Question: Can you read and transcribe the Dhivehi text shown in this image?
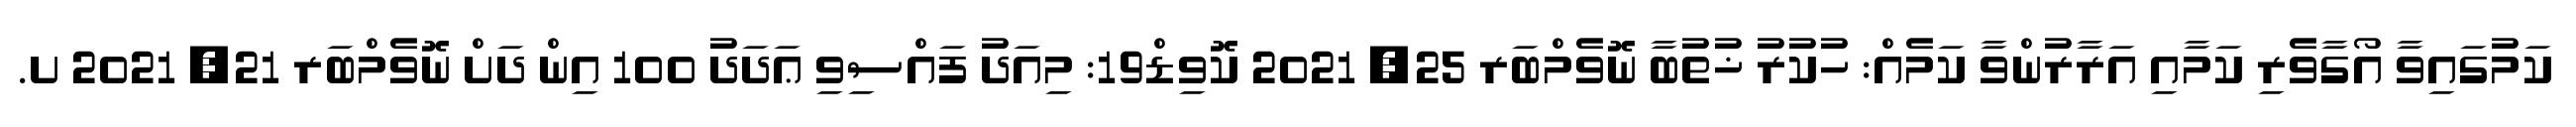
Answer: ކަމުގައިވާ އޯގާވެރި ކަމާއި އަރާރުންވާ ކަމެއް: ހުކުރު ޚުތުބާ ނޮވެމްބަރ 25, 2021 ކޮވިޑް19: މިއަދު ފައްސިވި ޢަދަދު 100 އިން ދަށް ނޮވެމްބަރ 21, 2021 ށ.